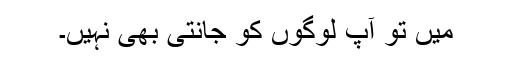
میں تو آپ لوگوں کو جانتی بھی نہیں۔